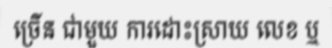
ច្រើន ជាមួយ ការដោះស្រាយ លេខ ឬ